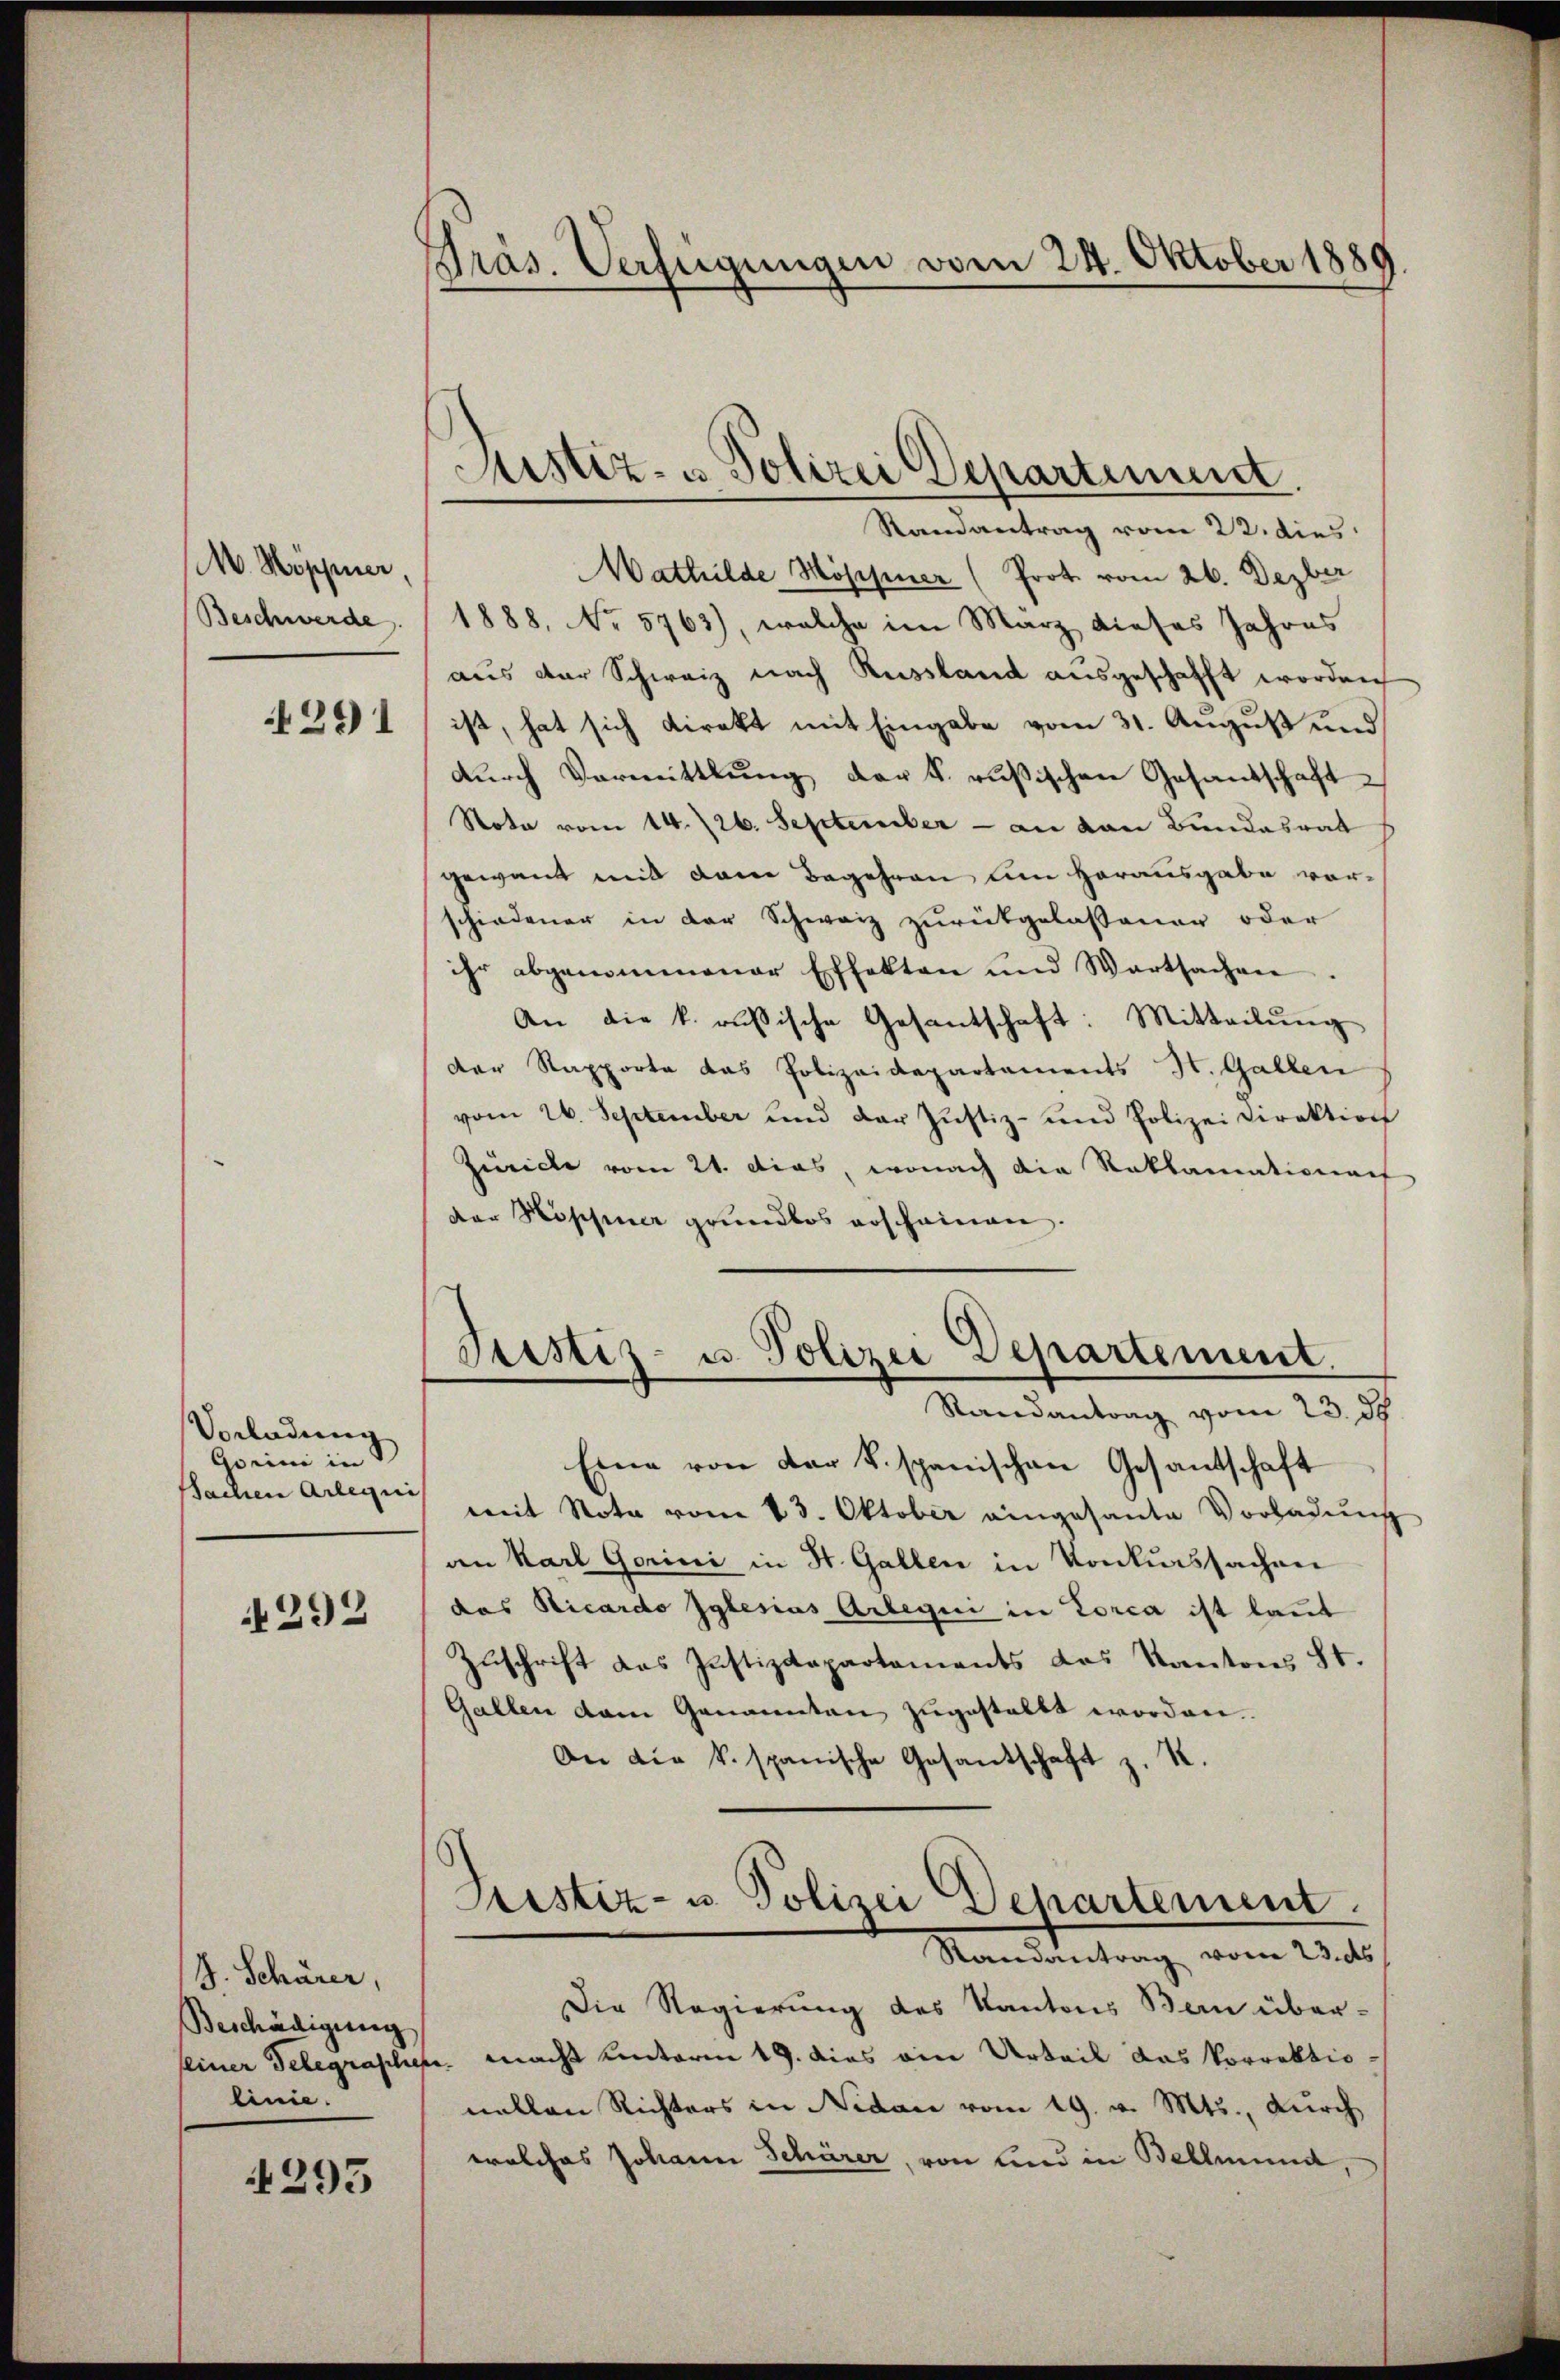
M. Höppner
Beschwerde

4291

Vorladung
Gerini in
Sachen Arlequi

292

J. Schärer,
Beschädigung
linie.

1293

Präs. Verfügungen vom 24. Oktober 1889

Mathilde Mösner (Prot. vom 26. Dezber
1888, No 5763), welche im März dieses Jahres
aus der Schweiz nach Russland ausgeschafft worden
ist, hat sich direkt mit Eingabe vom 31. August und
durch Vermittlung der k. russischen Gesandschaft
Nota vom 14./26. September - an den Bundesrat
gewant mit dem Begehren um Herausgabe vorschiedener in der Schweiz zurükgelassener oder
ihr abgenommener Effekten und Wartsachen.
An die k. russische Gesantschaft: Mitteilŭng
der Rapporte das Polizeidepartements H. Gallen
vom 26. September und der Justiz- und Polizei Direktion
Zürich vom 21. dies, wonach die Reklamational
der Hoppner grundlos erscheinen.
Justiz- u. Polizei Departement.
Randantrag vom 23. ds.
Eine von der k. spanischen Gesantschaft
mit Note vom 13. Oktober eingesante Vorladung
an Karl Gerini in St. Gallen in Konkurssachen
das Ricardo Iglesias Arbegii in Lorca ist laut
Zuschrift das Justizdepartements das Kantons St.
Gallen dem Genannten zugestellt worden.
An die k. spanische Gesandschaft z. R.

Justiz- u. Polizei Departement.
Randantrag vom 22. dies

Seestiz- u Polizei Departement.
Randantrag vom 23. ds

Die Regierung des Kantons Bern überseiner Telegraschen. macht unterm 19. dies ein Urteil das Vorrektionellen Richters in Nidau vom 19. v. Mts., durch
welches Johann Schürer, von sind in Bellmend,